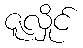
ဇူလှိုင်